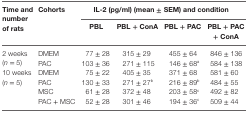
<table><thead><tr><td rowspan="2"><b>Time and number of rats</b></td><td rowspan="2"><b>Cohorts</b></td><td colspan="4"><b>IL-2 (pg/ml) (mean ± SEM) and condition</b></td></tr><tr><td><b>PBL</b></td><td><b>PBL + ConA</b></td><td><b>PBL + PAC</b></td><td><b>PBL + PAC + ConA</b></td></tr></thead><tbody><tr><td rowspan="2">2 weeks (<i>n</i> = 5)</td><td>DMEM</td><td>77 ± 28</td><td>315 ± 29</td><td>455 ± 64</td><td>846 ± 136</td></tr><tr><td>PAC</td><td>103 ± 36</td><td>271 ± 115</td><td>146 ± 68<sup>a</sup></td><td>584 ± 138</td></tr><tr><td rowspan="4">10 weeks (<i>n</i> = 5)</td><td>DMEM</td><td>75 ± 22</td><td>405 ± 35</td><td>371 ± 68</td><td>581 ± 60</td></tr><tr><td>PAC</td><td>130 ± 33</td><td>271 ± 27<sup>b</sup></td><td>216 ± 89<sup>b</sup></td><td>484 ± 55</td></tr><tr><td>MSC</td><td>61 ± 28</td><td>372 ± 48</td><td>203 ± 58<sup>c</sup></td><td>492 ± 82</td></tr><tr><td>PAC + MSC</td><td>52 ± 28</td><td>301 ± 46</td><td>194 ± 36<sup>c</sup></td><td>509 ± 44</td></tr></tbody></table>